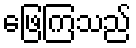
ဖြေကြသည်